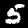
Digit: 5